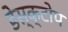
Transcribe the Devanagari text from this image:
डेस्क्टोप